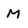
Character: M